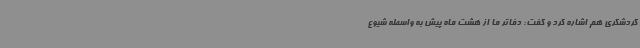
گردشگری هم اشاره کرد و گفت: دفاتر ما از هشت ماه پیش به واسطه شیوع